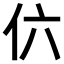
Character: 𠆾